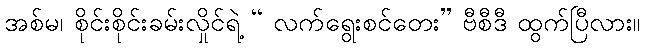
အစ်မ၊ စိုင်းစိုင်းခမ်းလှိုင်ရဲ့ “ လက်ရွေးစင်တေး” ဗီစီဒီ ထွက်ပြီလား။